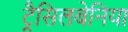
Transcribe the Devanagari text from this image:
ट्रैसिलबेनिया